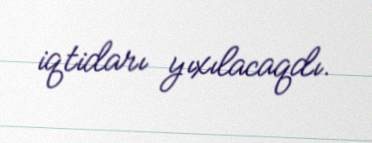
iqtidarı yıxılacaqdı.